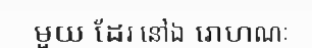
មួយ ដែរ នៅឯ រោហណៈ